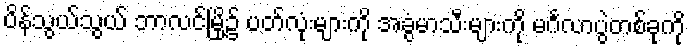
ပိန်သွယ်သွယ် ဘာလင်မြို့၌ ပတ်လုံးများကို အခွံမာသီးများကို မင်္ဂလာပွဲတစ်ခုကို